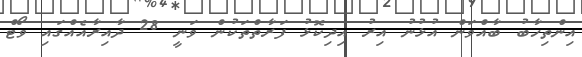
އިންތިހާބު ބާއްވަން އުުޅުނު އިރު އިދިކޮޅު ފަރާތްތަކުން ވަނީ 28 ދާއިރާއެއްގައި ވޯޓް